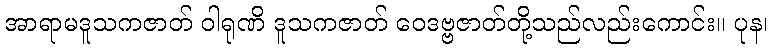
အာရာမဒူသကဇာတ် ဝါရုဏိ ဒူသကဇာတ် ဝေဒဗ္ဗဇာတ်တို့သည်လည်းကောင်း။ ပုန၊